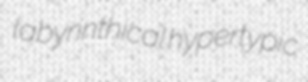
labyrinthical hypertypic